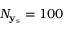
N _ { \mathbf { y } _ { \mathrm { s } } } = 1 0 0